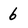
Character: 6